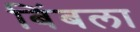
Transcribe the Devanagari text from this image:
बिंबला